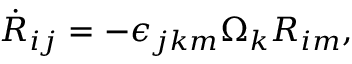
\begin{array} { r } { \dot { R } _ { i j } = - \epsilon _ { j k m } \Omega _ { k } R _ { i m } , } \end{array}